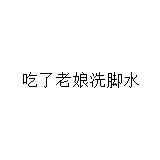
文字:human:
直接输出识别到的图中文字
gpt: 吃了老娘洗脚水